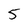
Character: 5